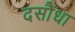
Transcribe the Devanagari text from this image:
दसौंधा